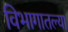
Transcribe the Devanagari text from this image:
विभागातल्या